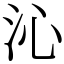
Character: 沁